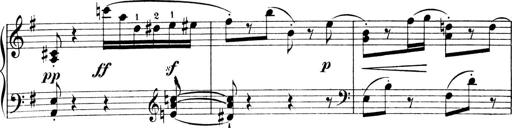
Title: 4 Sonatines
Composer: Max Reger